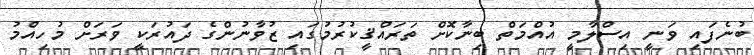
ބުނެފައި ވަނީ އިސްލާމީ އުއްމަތް ބިނާކޮށް ތަރައްޤީކުރުމުގައި ޒުވާނުންގެ ދައުރަކީ ވަރަށް މުހިއްމު